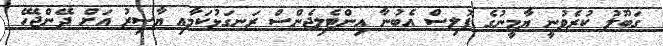
ގަބޫލު ކުރެވުނީ ޔާމީނުގެ ޕޮލިސް އެބުނާ އިންޓެލިޖެންސް ރަނގަޅުކަމާއި ޔާސިރު އަށް ދޭންޖެހޭ